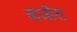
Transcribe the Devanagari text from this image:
बाजीरा